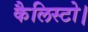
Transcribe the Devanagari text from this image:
कैलिस्टो।